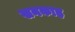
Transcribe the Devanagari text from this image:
खनकाह